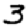
Digit: 3